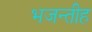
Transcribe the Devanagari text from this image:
भजन्तीह